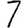
Digit: 7